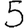
Digit: 5